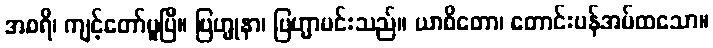
အစရိ၊ ကျင့်တော်မူပြီ။ ဗြဟ္မုနာ၊ ဗြဟ္မာမင်းသည်။ ယာစိတော၊ တောင်းပန်အပ်ထသော။